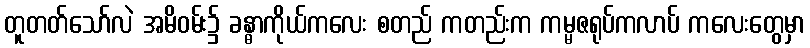
တူတတ်သော်လဲ အမိဝမ်း၌ ခန္ဓာကိုယ်ကလေး စတည် ကတည်းက ကမ္မဇရုပ်ကလာပ် ကလေးတွေမှာ